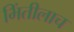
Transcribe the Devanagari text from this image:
भिंतीलाच